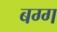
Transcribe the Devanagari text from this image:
बग्ग